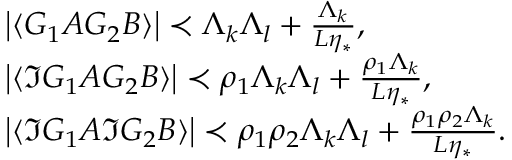
\begin{array} { r l } & { \left| \langle G _ { 1 } A G _ { 2 } B \rangle \right| \prec \Lambda _ { k } \Lambda _ { l } + \frac { \Lambda _ { k } } { L \eta _ { * } } , \, } \\ & { \left| \langle \Im G _ { 1 } A G _ { 2 } B \rangle \right| \prec \rho _ { 1 } \Lambda _ { k } \Lambda _ { l } + \frac { \rho _ { 1 } \Lambda _ { k } } { L \eta _ { * } } , \, } \\ & { \left| \langle \Im G _ { 1 } A \Im G _ { 2 } B \rangle \right| \prec \rho _ { 1 } \rho _ { 2 } \Lambda _ { k } \Lambda _ { l } + \frac { \rho _ { 1 } \rho _ { 2 } \Lambda _ { k } } { L \eta _ { * } } . \, } \end{array}